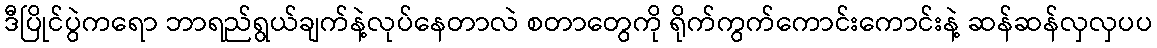
ဒီပြိုင်ပွဲကရော ဘာရည်ရွယ်ချက်နဲ့လုပ်နေတာလဲ စတာတွေကို ရိုက်ကွက်ကောင်းကောင်းနဲ့ ဆန်ဆန်လှလှပပ